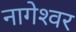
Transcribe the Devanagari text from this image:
नागेश्‍वर